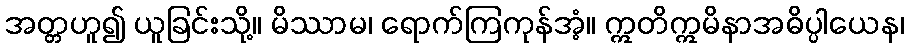
အတ္တဟူ၍ ယူခြင်းသို့။ မိဿာမ၊ ရောက်ကြကုန်အံ့။ ဣတိဣမိနာအဓိပ္ပါယေန၊